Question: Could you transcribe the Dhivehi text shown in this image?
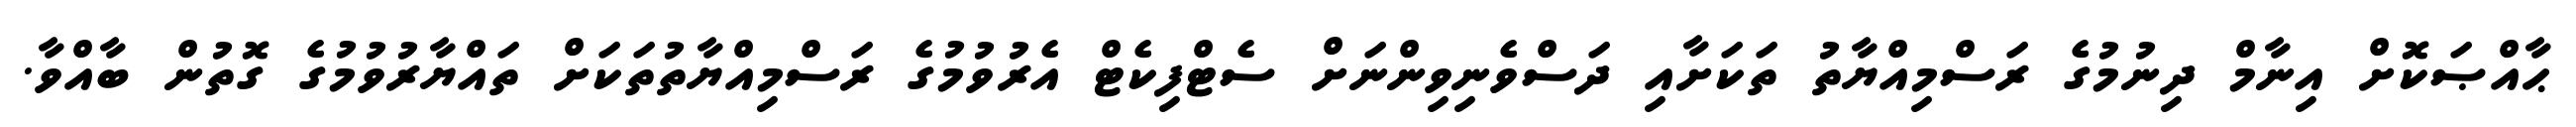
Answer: ޙާއްޞަކޮށް އިނާމް ދިނުމުގެ ރަސްމިއްޔާތު ތަކަށާއި ދަސްވެނިވިންނަށް ސެޓްފިކެޓް އެރުވުމުގެ ރަސްމިއްޔާތުތަކަށް ތައްޔާރުވުމުގެ ގޮތުން ބާއްވާ.